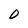
Character: 0